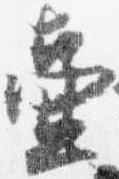
壷